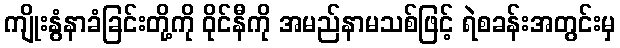
ကျိုးနွံနာခံခြင်းတို့ကို ဝိုင်နီကို အမည်နာမသစ်ဖြင့် ရဲစခန်းအတွင်းမှ